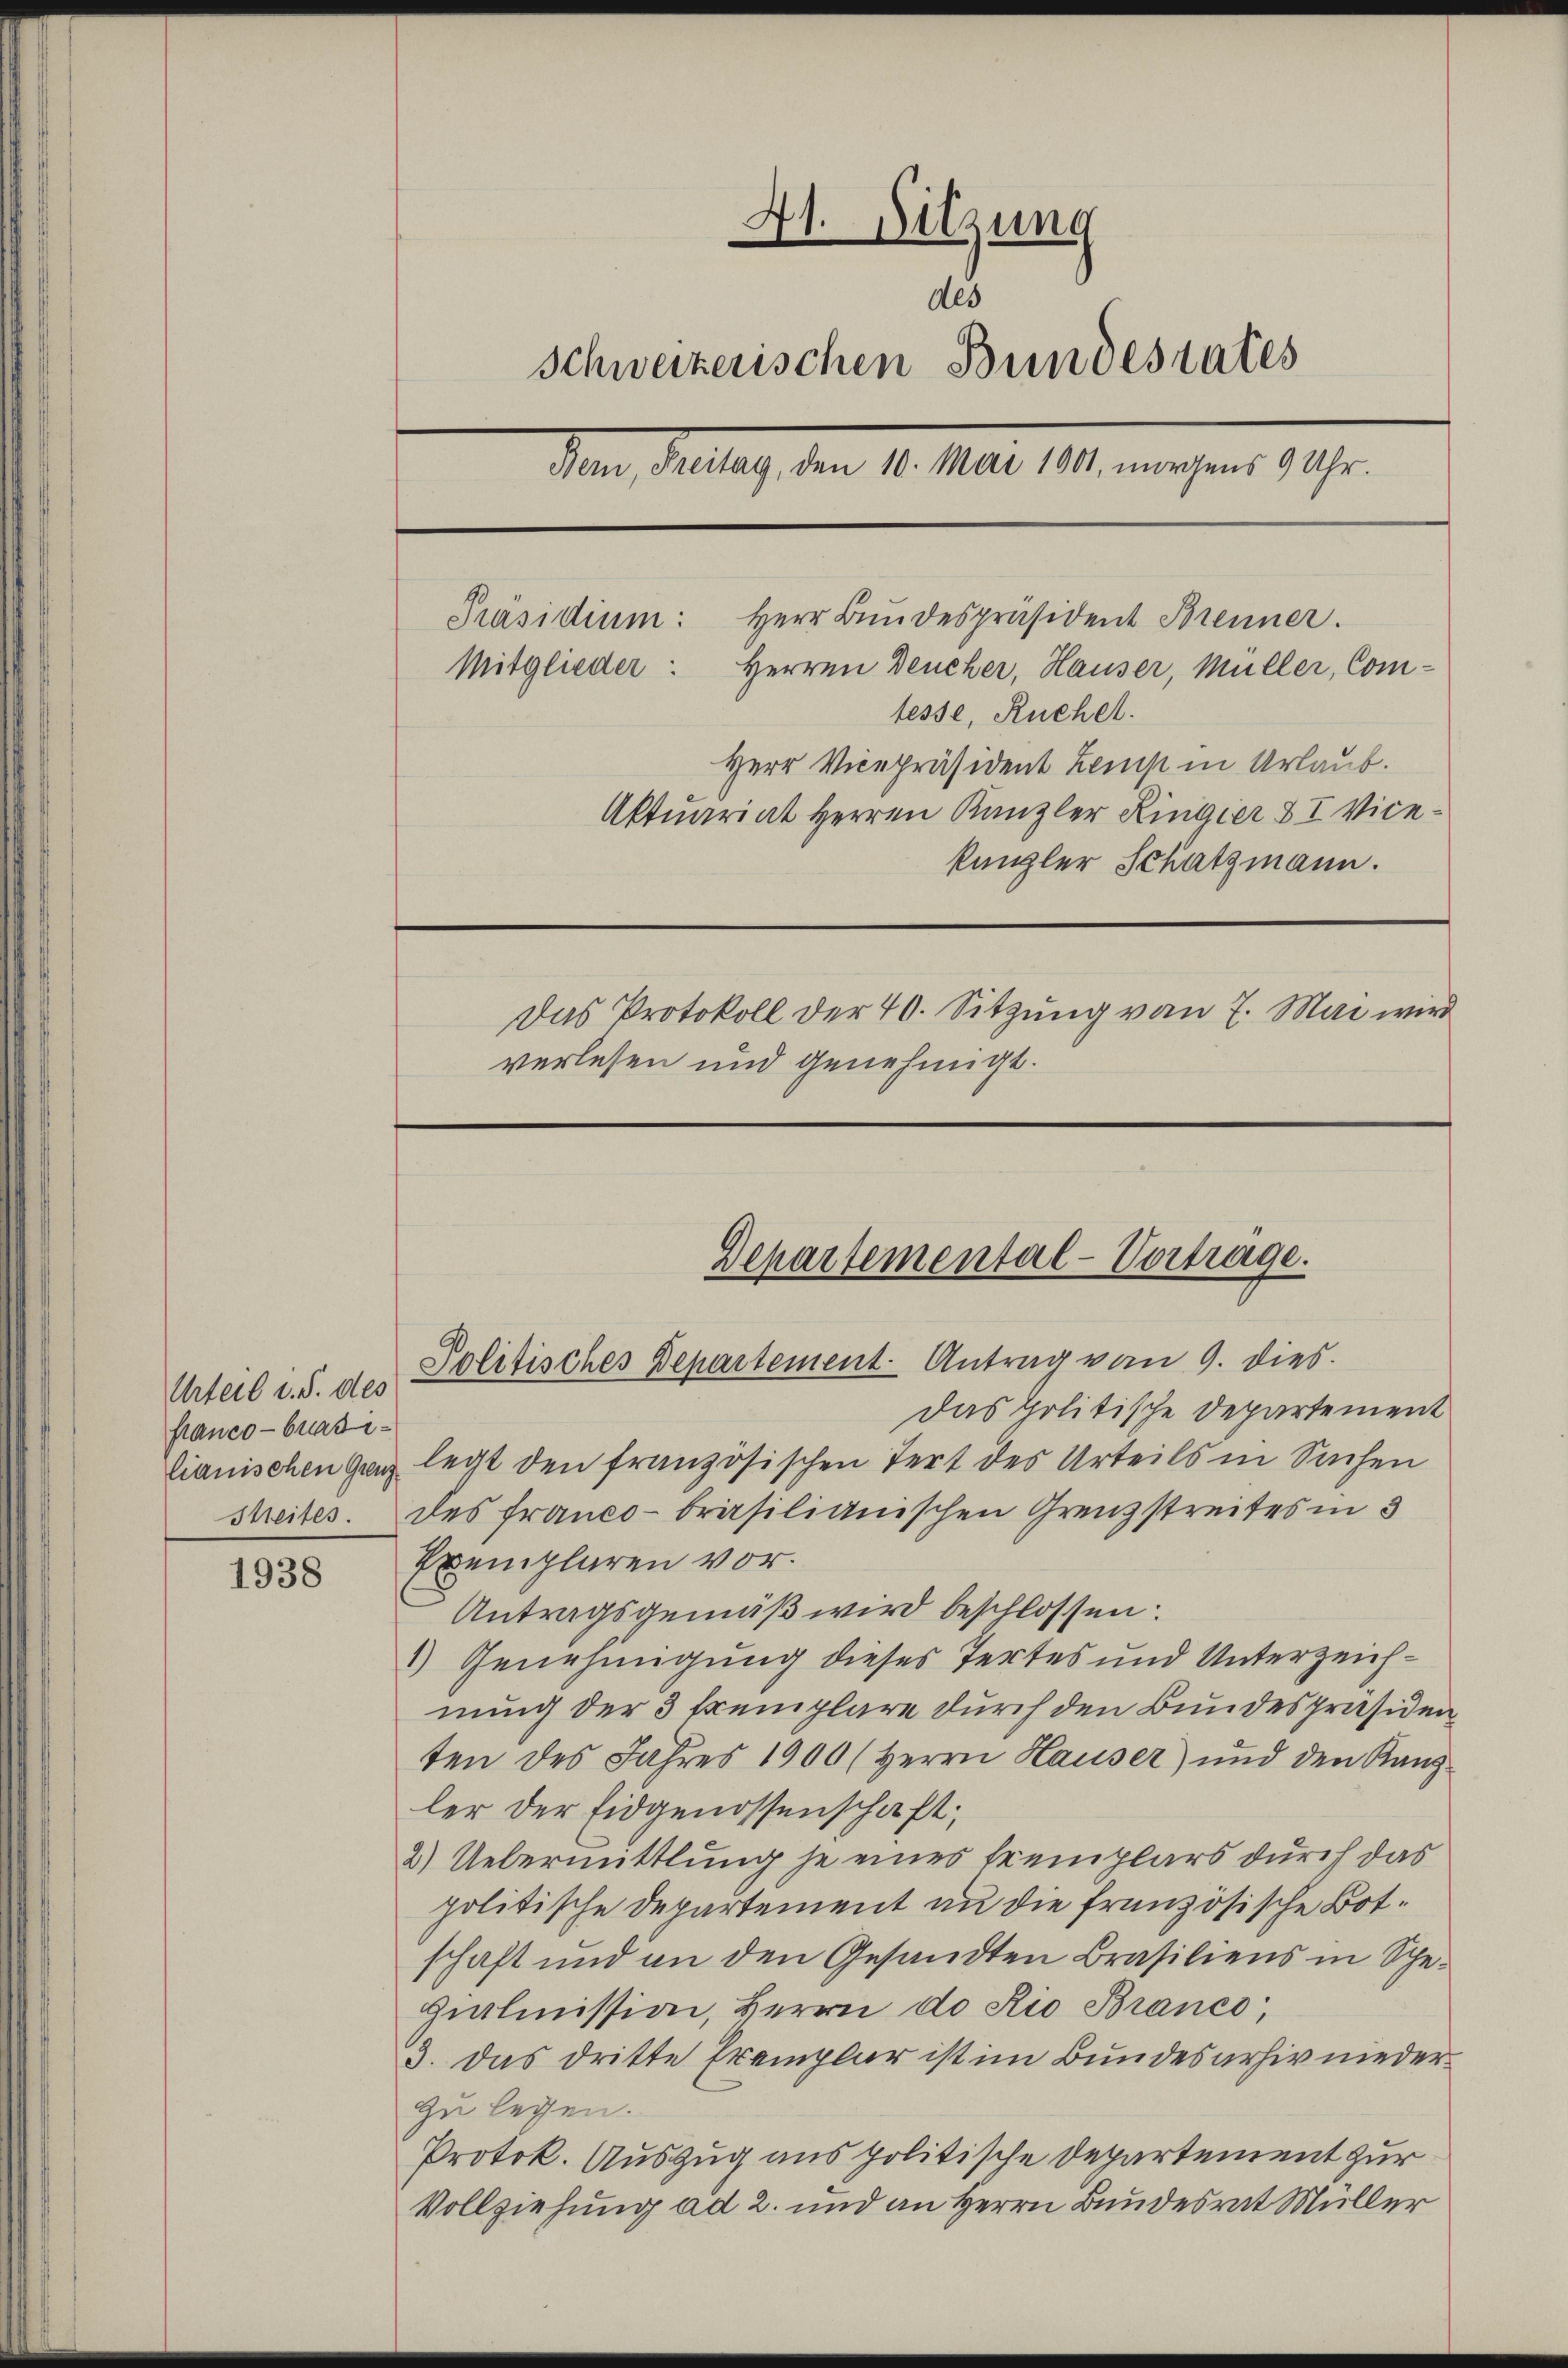
1938

Urteil d. d. des
flanco - buasi¬

41. Sitzung
des
Schweizerischen Bundestates
Den Plan, dem 10. Mai 191. angen 19.
Herr Bundespräsident Brenner.
Präsidium:
Mitglieder: Herren Deucher, Hauser, Müller, Com-
tesse, Ruchel.
Herr Vicepräsident Lemp in Urlaub.
Aktuariat Herren Kanzler Ringier & I Vicekanzler Schatzmann.
Das Protokoll der 40. Sitzung vom 7. Mai wird
verlesen und genehmigt.

das politische Departement
lianischen Ganz legt den französischen Tert des Urteils in Sachen
Streites. des Franco-brasilianischen Grenzstreites in 3
Exemplaren vor.
Antragsgemäß wird beschlossen:
1) Genehmigung dieses Tertes und Unterzeichnung der 3 Exemplare durch den Bundespräsidenten des Jahres 1900 (Herrn Hauser) und den Kanzler der Eidgenossenschaft;
2.) Uebermittlung je eines Eremplars durch das
politische Departement an die französische Botschaft und an den Gesandten Brasiliens in Sche¬
Zialmission, Herrn do Rio Branco,
3. Das dritte Exemplar ist im Bundesarhiv niederzu legen.
Protok. Auszug aus politische Departement zur
Vollziehung ad 2. und an Herrn Bundesrat Müller

Departemental-Vortrage.
Politisches Departement. Antrag vom 9. dies